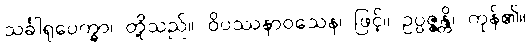
သင်္ခါရုပေက္ခာ၊ တို့သည်။ ဝိပဿနာဝသေန၊ ဖြင့်။ ဥပ္ပဇ္ဇန္တိ၊ ကုန်၏။